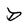
Character: D